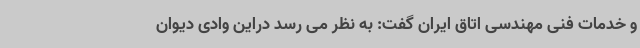
و خدمات فنی مهندسی اتاق ایران گفت: به نظر می رسد دراین وادی دیوان